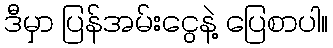
ဒီမှာ ပြန်အမ်းငွေနဲ့ ပြေစာပါ။